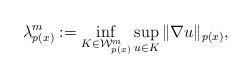
LaTeX: \begin{align*} \lambda^{m}_{p(x)}:=\inf_{K\in\mathcal W^{m}_{p(x)}}\sup_{u\in K} \|\nabla u\|_{p(x)}, \end{align*}